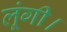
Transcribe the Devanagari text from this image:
लूंगी।